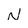
Character: N